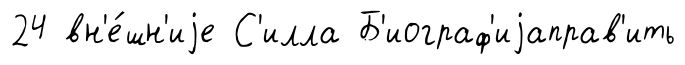
24 вн'е́шн'иjе С'илла Б'иограф'иjаправ'ить